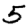
Digit: 5